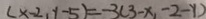
( x - 2 , y - 5 ) = - 3 ( 3 - x , - 2 - y )